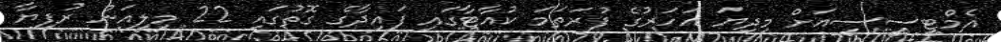
އެމްޓީސީސީއަށް މިދިޔަ އަހަރުގެ ފުރަތަމަ ކުއާޓާގައި ފައިދާގެ ގޮތުގައި 22 މިލިއަން ރުފިޔާ